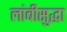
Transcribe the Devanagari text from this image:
लांबीसुद्धा